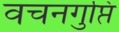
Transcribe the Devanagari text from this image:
वचनगुप्ति